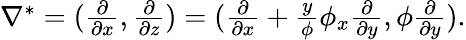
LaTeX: \begin{array}{r}{\nabla^{*}=(\frac{\partial}{\partial x},\frac{\partial}{\partial z})=(\frac{\partial}{\partial x}+\frac{y}{\phi}\phi_{x}\frac{\partial}{\partial y},\phi\frac{\partial}{\partial y}).}\end{array}